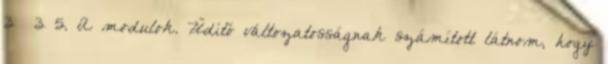
3 3 5. A modulok. Üdítő változatosságnak számított látnom, hogy